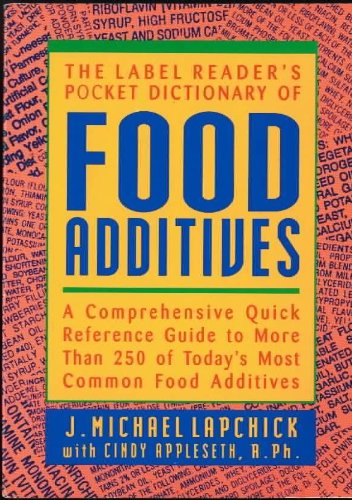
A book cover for The Label Reader's Pocket Dictionary of Food Additives: A Comprehensive Quick Reference Guide to More Than 250 of Today's Most Common Food Additives; J. Michael Lapchick; Health, Fitness & Dieting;